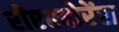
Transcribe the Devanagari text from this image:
रीएश्योरेंस